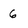
Character: 6